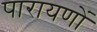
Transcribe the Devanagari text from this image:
पारायणों